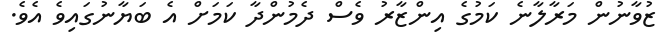
ޒުވާނުން މަރާލާނެ ކަމުގެ އިންޒާރު ވެސް ދެމުންދާ ކަމަށް އެ ބަޔާނުގައިވެ އެވެ.